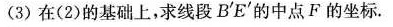
(3) 在(2)的基础上，求线段B'E'的中点F的坐标。